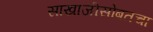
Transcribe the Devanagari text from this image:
साखाजीसोबतचा